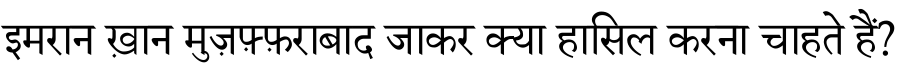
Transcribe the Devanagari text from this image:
इमरान ख़ान मुज़फ़्फ़राबाद जाकर क्या हासिल करना चाहते हैं?